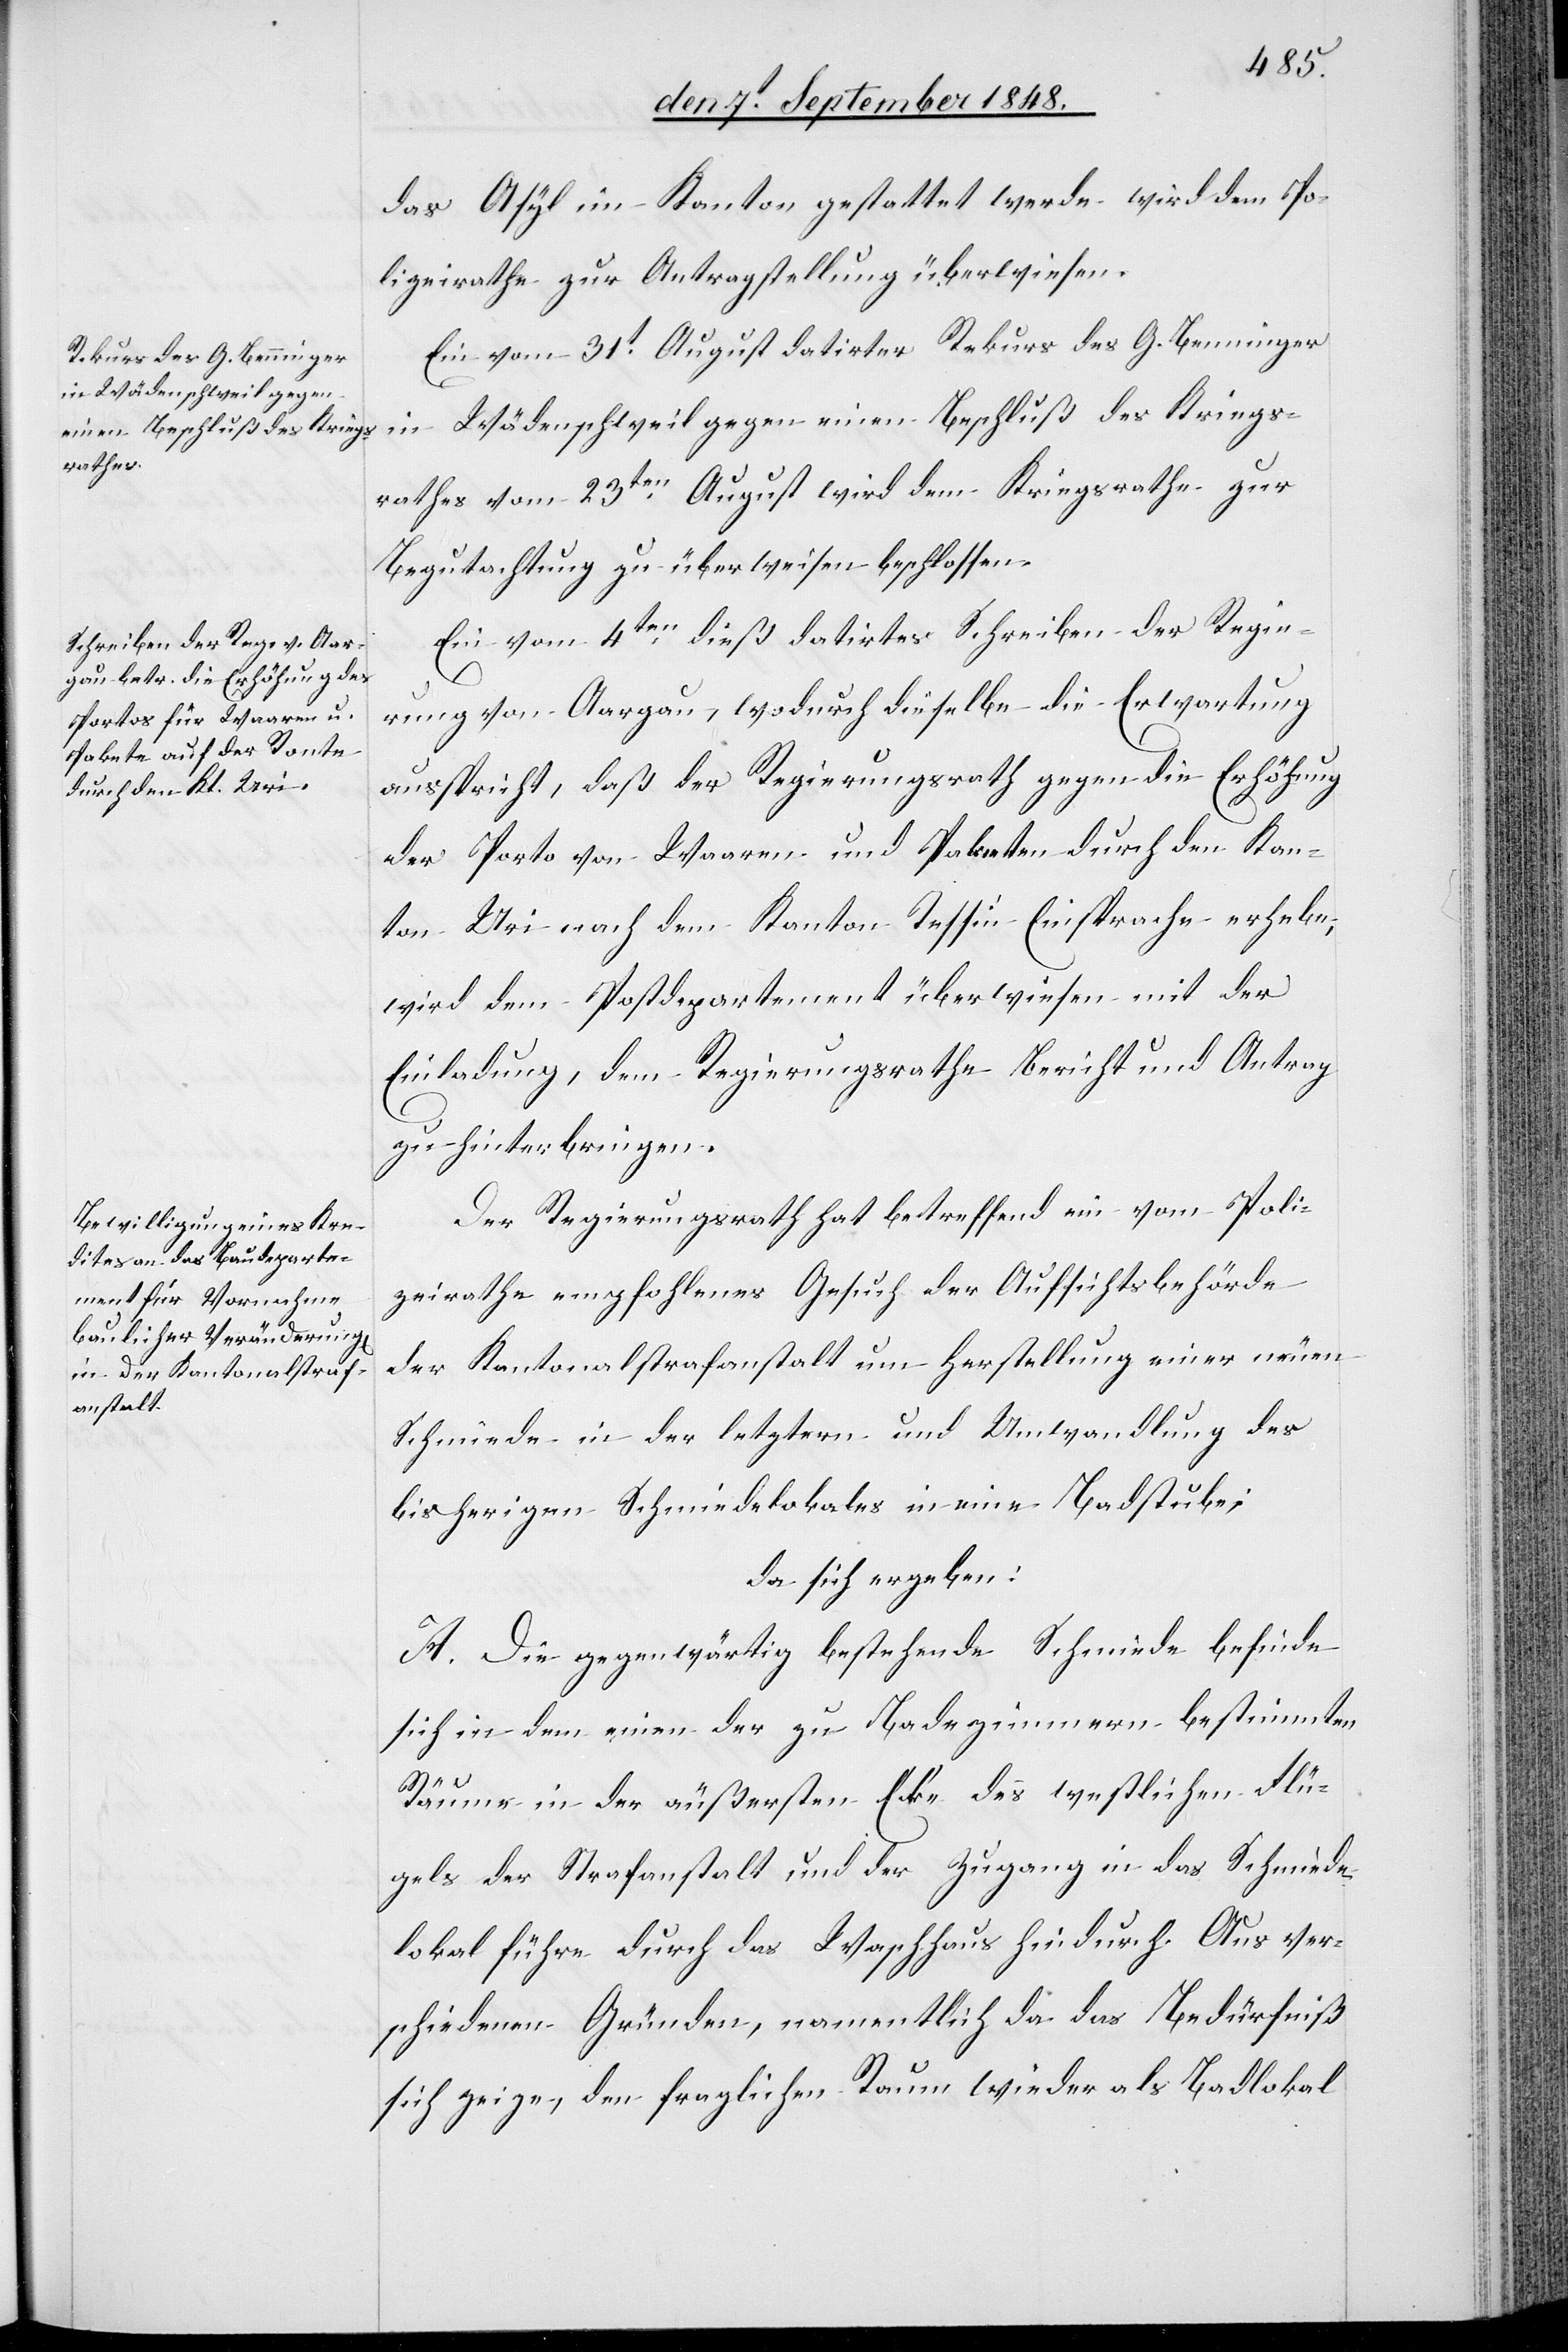
das Asyl im Kanton gestattet werde, wird dem Po¬
lizeirathe zur Antragstellung überwiesen.
Ein vom 31t August datirter Rekurs des G. Benninger
in Wädenschweil gegen einen Beschluß des Kriegs¬
rathes vom 23ten August wird dem Kriegsrathe zur
Begutachtung zu überweisen beschlossen.
Ein vom 4ten dieß datirtes Scheiben der Regie¬
rung von Aargau, wodurch dieselbe die Erwartung
ausspricht, daß der Regierungsrath gegen die Erhöhung
der Porto von Waaren und Paketen durch den Kan¬
ton Uri nach dem Kanton Tessin Einsprache erhebe,
wird dem Postdepartement überwiesen mit der
Einladung, dem Regierungsrathe Bericht und Antrag
zu hinterbringen.
Der Regierungsrath hat betreffend ein vom Poli¬
zeirathe empfohlenes Gesuch der Aufsichtsbehörde
der Kantonalstrafanstalt um Herstellung einer neuen
Schmiede in der letztern und Umwandlung des
bisherigen Schmiedelokales in eine Badstube;
da sich ergeben:
A. Die gegenwärtig bestehende Schmiede befinde
sich in dem einen der zu Badezimmern bestimmten
Räume in der äußersten Ecke des westlichen Flü¬
gels der Strafanstalt und der Zugang in das Schmiede¬
lokal führe durch das Waschhaus hindurch. Aus ver¬
schiedenen Gründen, namentlich da das Bedürfniß
sich zeige, den fraglichen Raum wieder als Badlokal